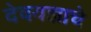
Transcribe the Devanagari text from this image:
देवयज्ञाचे